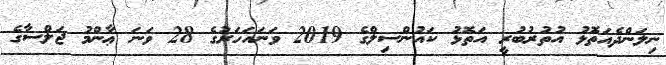
ނިލަންދެއަތޮޅު އުތުރުބުރީ އަތޮޅު ކައުންސިލްގެ 2019 ވަނައަހަރުގެ 28 ވަނަ ޢާންމު ޖަލްސާގެ